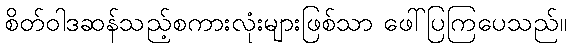
စိတ်ဝါဒဆန်သည့်စကားလုံးများဖြစ်သာ ဖေါ်ပြကြပေသည်။